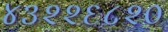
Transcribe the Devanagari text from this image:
४३२२६८२०